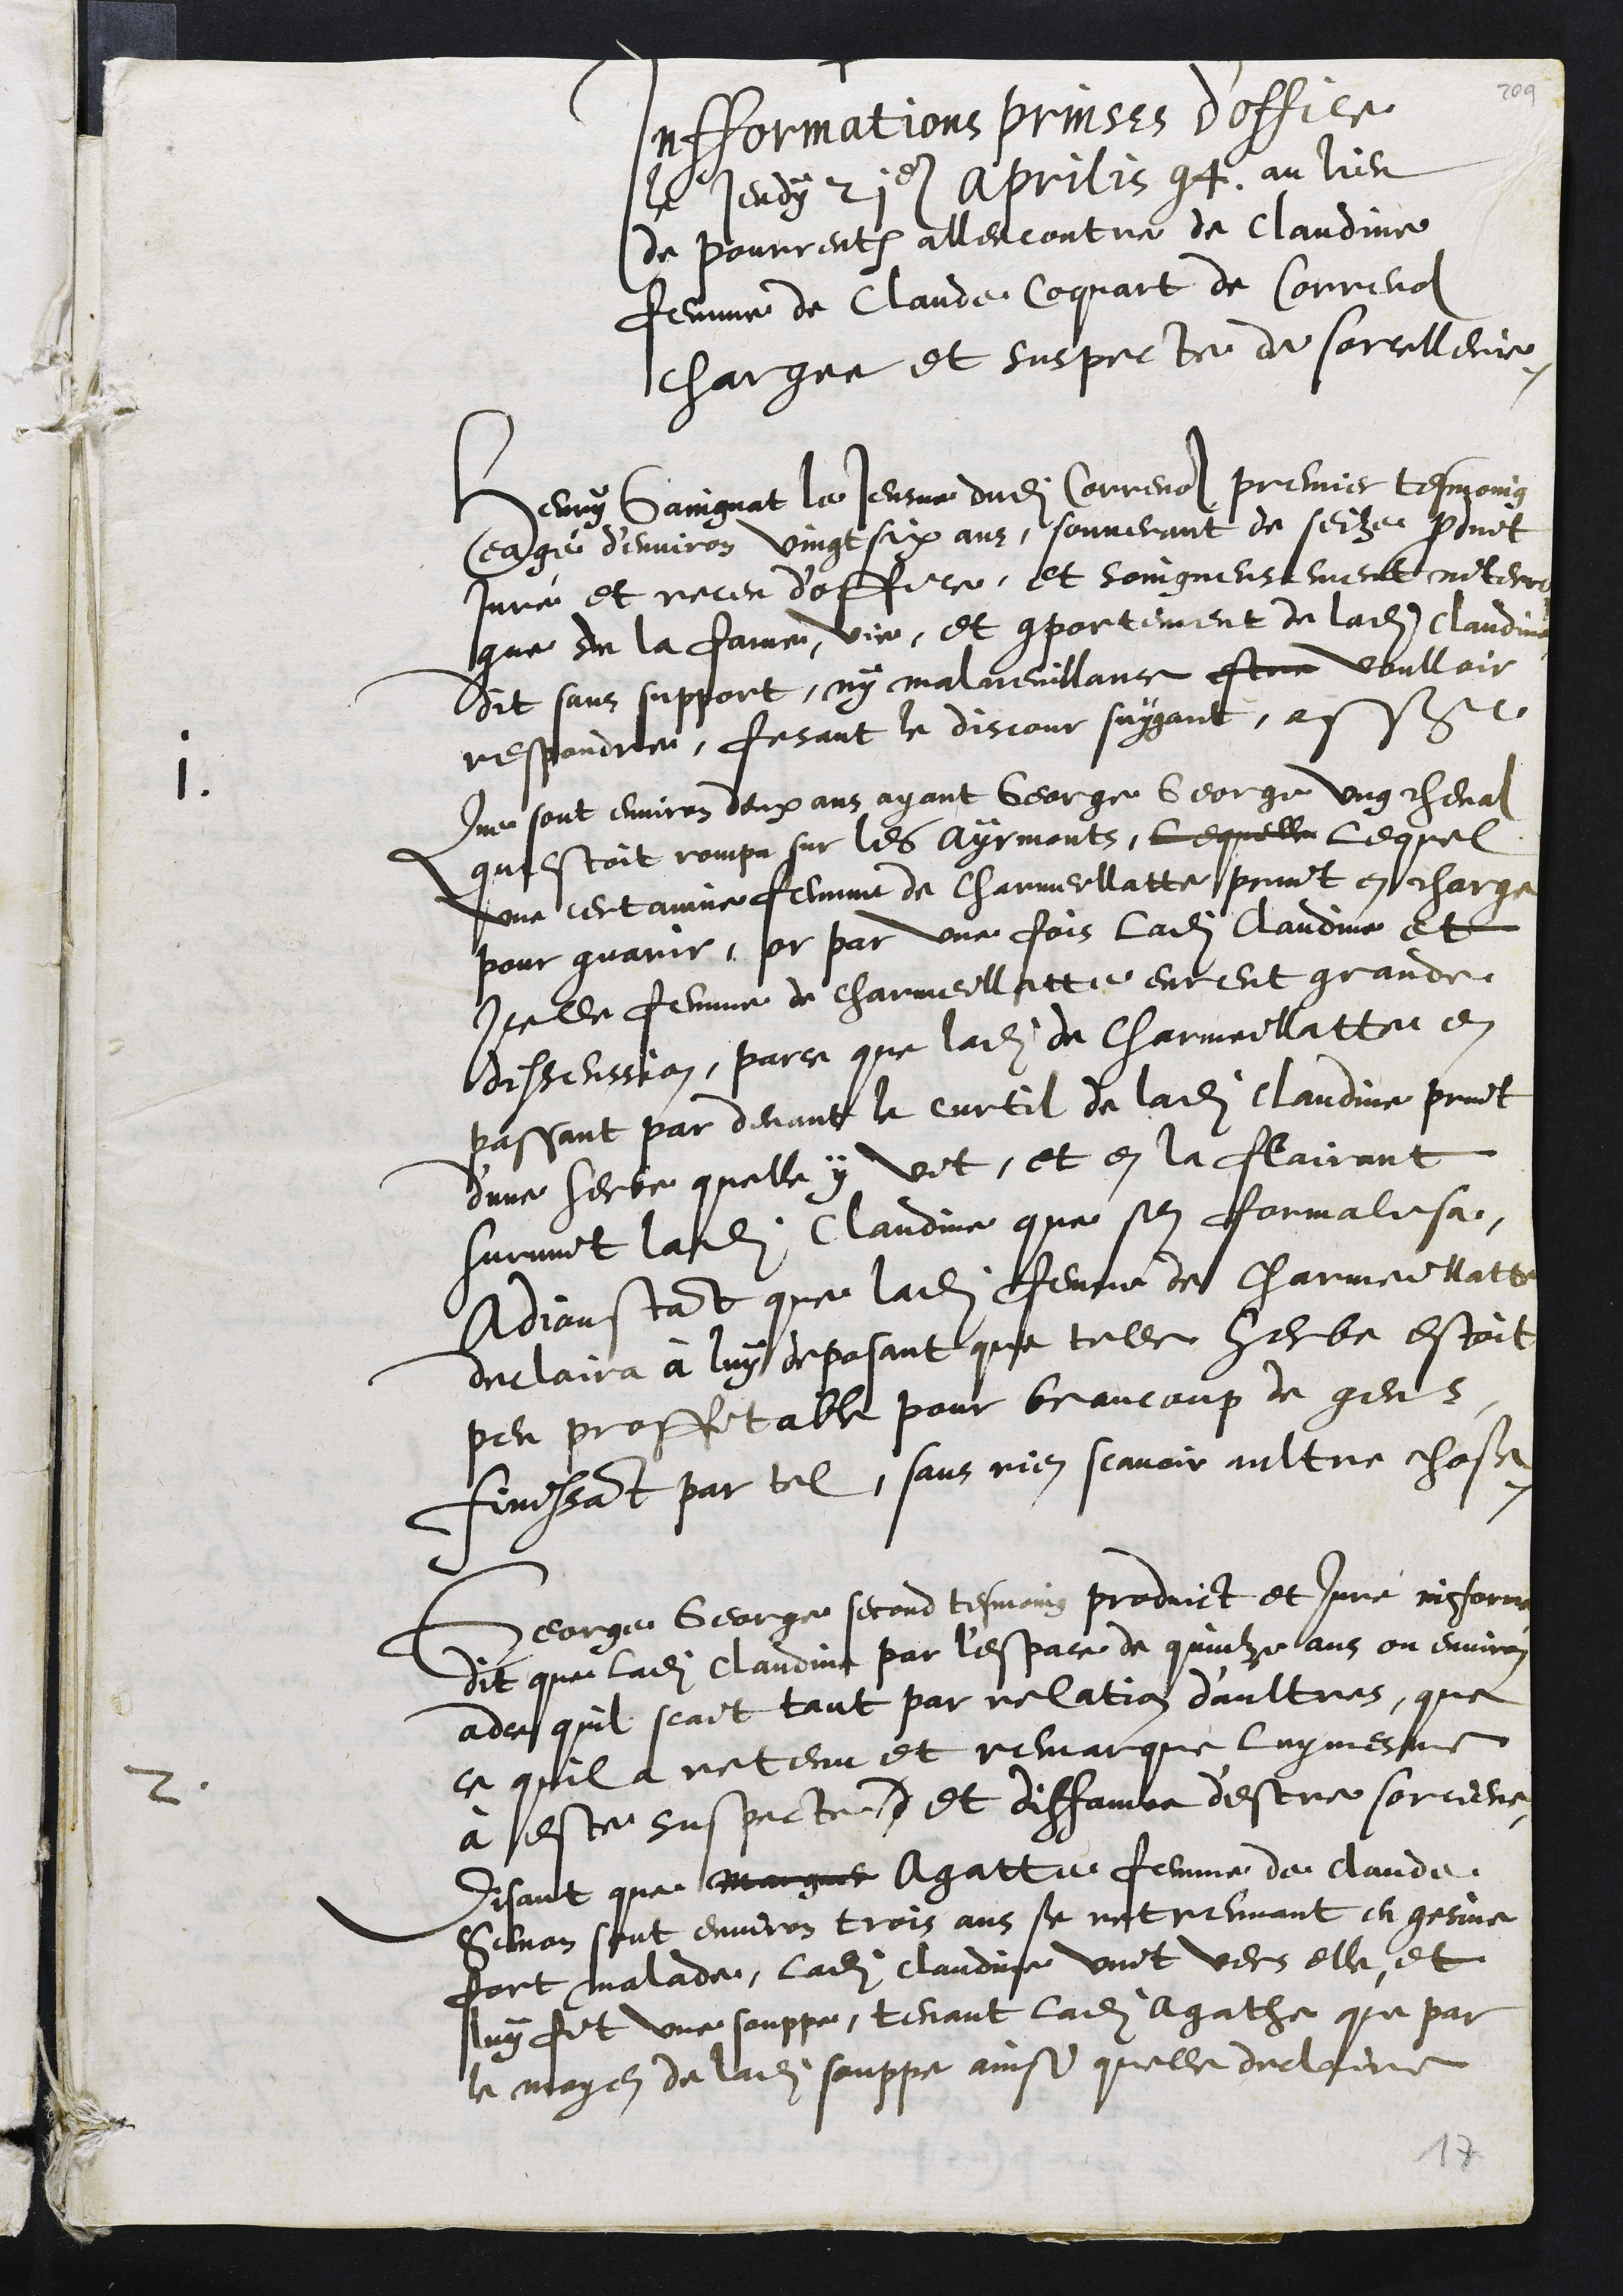
+
Informations prinses doffice
Le jeudi 2. Apriliz 94 au lieu.
de pourrent allencontre de Claudine
femme de Claude coquart de Correnol
chargee et susprete de sorcilleur
Henry Gaingnat le terme dudit Correne print tesmoing
eage denviron vingt six ans, souvenant de seize print
Jure et receu d’offire, et soingneurement mentent
que du la fame, vie, et comportement de ladite Claudit
dit sans apport, ny malveullant este voulloir
respondie, fesant le dirour suygant, et sur
1.
une sont environ deux ans ayant George George ung cheval
questoit rompa sur les armont, lequelle lequel
ont certaine femme de Chammeelatte print en charge
pour guarir, pr par une fois ladite Claudme et
icelle femme de charmelette enent grande
dissension, parce que ladite de Charmeillette en
passant par devant le curtil de ladite Claudine print
dune herte quelle y vit, et en la flairant
survint ladites Claudie que sen formalise,
adjoustant que ladite femme des charme tath
declaira à luy deposant que telle herbe estoit
peu proffetable pour beaucoup de gens
finssant par tel, sans nen scavoir aultre chose
George George, second tesmoins predict et que inforne
dit que ladite Claudit par lespace de quinze ans ou environ
adce quil scait tant par relation daultres, que
ce quil à netenu et remarque luy mesme
2
à esté suspecte, et diffame destre sorciers
disant que mangt Agatte femme de Claude
Gettron sont environ trois ans se retreuvant en gesinne
fort malade, ladite Claudue vint vers elle, et
luy fit une souppe, tenant ladite Agathe que par
la moyen de ladite souppe ainsi quelle derriere